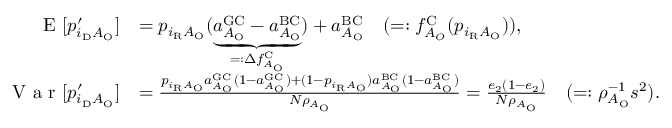
\begin{array} { r l } { \textrm { E } [ p _ { i _ { \mathrm { D } } A _ { \mathrm { O } } } ^ { \prime } ] } & { = p _ { i _ { \mathrm { R } } A _ { \mathrm { O } } } ( \underbrace { a _ { A _ { \mathrm { O } } } ^ { \mathrm { G C } } - a _ { A _ { \mathrm { O } } } ^ { \mathrm { B C } } } _ { = : \Delta f _ { A _ { \mathrm { O } } } ^ { \mathrm { C } } } ) + a _ { A _ { \mathrm { O } } } ^ { \mathrm { B C } } \quad ( = : f _ { A _ { O } } ^ { \mathrm { C } } ( p _ { i _ { \mathrm { R } } A _ { \mathrm { O } } } ) ) , } \\ { \textrm { V a r } [ p _ { i _ { \mathrm { D } } A _ { \mathrm { O } } } ^ { \prime } ] } & { = \frac { p _ { i _ { \mathrm { R } } A _ { \mathrm { O } } } a _ { A _ { \mathrm { O } } } ^ { \mathrm { G C } } ( 1 - a _ { A _ { \mathrm { O } } } ^ { \mathrm { G C } } ) + ( 1 - p _ { i _ { \mathrm { R } } A _ { \mathrm { O } } } ) a _ { A _ { \mathrm { O } } } ^ { \mathrm { B C } } ( 1 - a _ { A _ { \mathrm { O } } } ^ { \mathrm { B C } } ) } { N \rho _ { A _ { \mathrm { O } } } } = \frac { e _ { 2 } ( 1 - e _ { 2 } ) } { N \rho _ { A _ { \mathrm { O } } } } \quad ( = : \rho _ { A _ { \mathrm { O } } } ^ { - 1 } s ^ { 2 } ) . } \end{array}